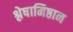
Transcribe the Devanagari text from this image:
श्लेषामिष्ठान